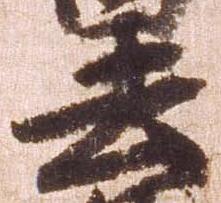
去